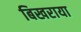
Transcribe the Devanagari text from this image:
बिखराया